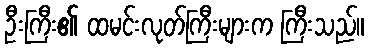
ဦးကြီး၏ ထမင်းလုတ်ကြီးများက ကြီးသည်။